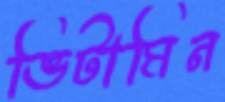
ভিটামিন